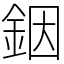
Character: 銦